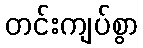
တင်းကျပ်စွာ